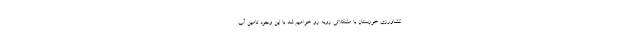
کشاورزی خوزستان با مشکلاتی روبه رو خواهیم شد با این وجود تامین آب